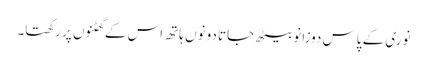
نوری کے پاس دوزانو بیٹھ جاتا دونوں ہاتھ اس کے گھٹنوں پر رکھتا۔